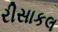
રીસાકલ